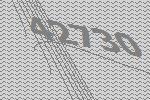
42730